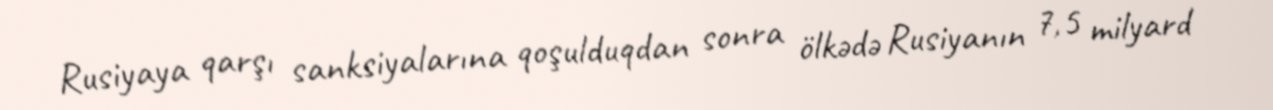
Rusiyaya qarşı sanksiyalarına qoşulduqdan sonra ölkədə Rusiyanın 7,5 milyard